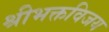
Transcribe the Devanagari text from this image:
श्रीभक्तविजय